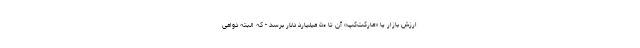
ارزش بازار یا «مارکت‌کپ» آن تا ۵۰ میلیارد دلار برسد - که البته دوامی